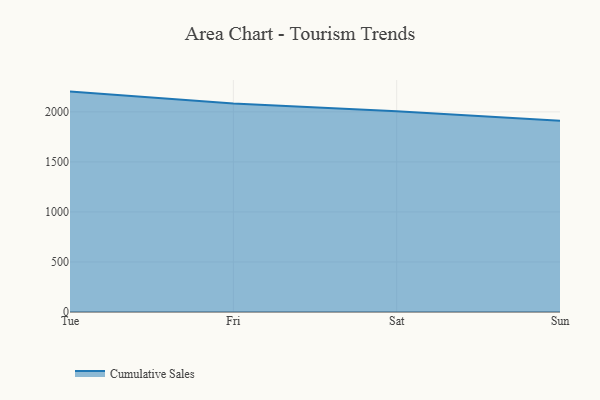
{"axis": {"x": "Day", "y": "Revenue (USD Million)"}, "legend": ["Cumulative Sales"], "data": [{"x": "Tue", "y": 2202.7, "type": "Cumulative Sales"}, {"x": "Fri", "y": 2083.0, "type": "Cumulative Sales"}, {"x": "Sat", "y": 2007.5, "type": "Cumulative Sales"}, {"x": "Sun", "y": 1912.4, "type": "Cumulative Sales"}]}